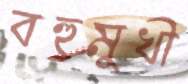
বহুমুখী